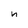
Character: n